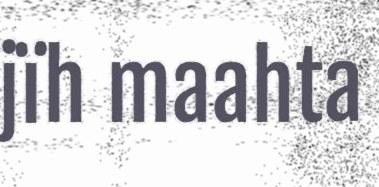
jïh maahta